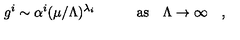
g ^ { i } \sim \alpha ^ { i } ( \mu / \Lambda ) ^ { \lambda _ { i } } \quad \quad \quad \mathrm { a s } \quad \Lambda \to \infty \quad ,